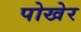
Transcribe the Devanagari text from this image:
पोखेर